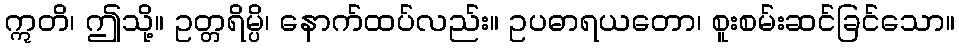
ဣတိ၊ ဤသို့။ ဥတ္တရိမ္ပိ၊ နောက်ထပ်လည်း။ ဥပဓာရယတော၊ စူးစမ်းဆင်ခြင်သော။